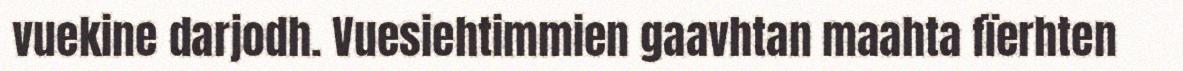
vuekine darjodh. Vuesiehtimmien gaavhtan maahta fïerhten